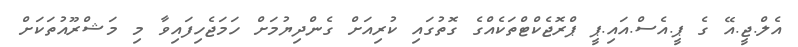
އެލް.ޖީ.އޭ ގެ ޕީ.އެސް.އައި.ޕީ ޕްރޮޖެކްޓްތަކެއްގެ ގޮތުގައި ކުރިއަށް ގެންދިޔުމަށް ހަމަޖެހިފައިވާ މި މަޝްރޫއުތަކަށް